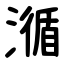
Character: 㵌